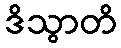
ဒိသွာတိ